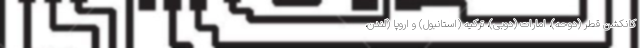
کانکشن قطر (دوحه)، امارات (دوبی)، ترکیه (استانبول) و اروپا (لندن،